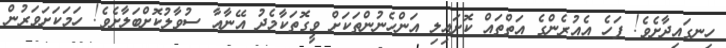
ހިނގައިދާށެވެ! ފަހެ އެއުރެންގެ އަތްތައް ކޮށައިލި އަންހެނުންތަކަށް ވީގޮތަކާމެދު އޭނާއާ ސުވާލުކޮށްބަލާށެވެ! ހަމަކަށަވަރުން